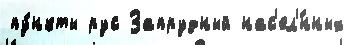
пу́нкты рус Запрудный нас'ел'́нных